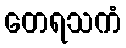
တေရသကံ